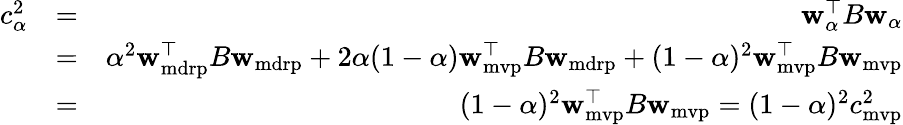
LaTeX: \begin{array}{rlr}{c_{\alpha}^{2}}&{=}&{{\mathbf w}_{\alpha}^{\top}B{\mathbf w}_{\alpha}}\\ &{=}&{\alpha^{2}{\mathbf w}_{\mathrm{mdrp}}^{\top}B{\mathbf w}_{\mathrm{mdrp}}+2\alpha(1-\alpha){\mathbf w}_{\mathrm{mvp}}^{\top}B{\mathbf w}_{\mathrm{mdrp}}+(1-\alpha)^{2}{\mathbf w}_{\mathrm{mvp}}^{\top}B{\mathbf w}_{\mathrm{mvp}}}\\ &{=}&{(1-\alpha)^{2}{\mathbf w}_{\mathrm{mvp}}^{\top}B{\mathbf w}_{\mathrm{mvp}}=(1-\alpha)^{2}c_{\mathrm{mvp}}^{2}}\end{array}